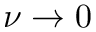
\nu \rightarrow 0